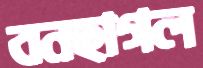
বনছাগল